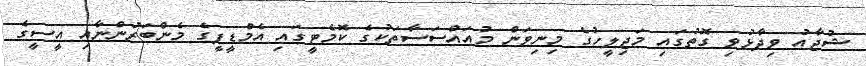
ޝުޖާއު ވިދާޅުވި ގޮތުގައި މަޖިލީހުގެ މިނިވަން މުއައްސަސާތަކުގެ ކޮމެޓީގަައި އެމްޑީޕީގެ މެންބަރުންނާއި އީސީގެ